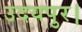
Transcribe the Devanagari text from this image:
उदयपुर।